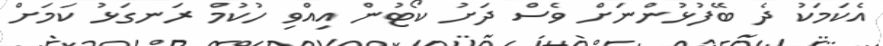
އެކަމަކު ދެ ބޭފުޅުންނަށް ވެސް ދަށު ކޯޓުން އިއްވި ހުކުމް ރަނގަޅު ކަމަށް